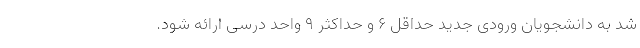
شد به دانشجویان ورودی جدید حداقل ۶ و حداکثر ۹ واحد درسی ارائه شود.